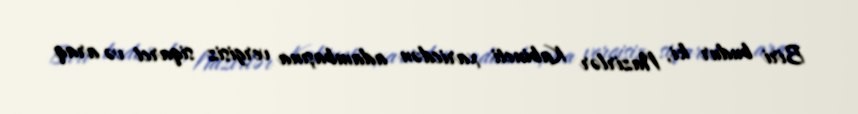
Biri budur ki, Nazirlər Kabineti xaricdən adambaşına vergisiz siqaret və araq